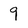
Character: 9